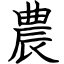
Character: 農